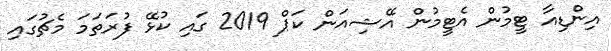
އިންޑިއާ ޓީމުން އެޓީމުން އޭޝިއަން ކަޕް 2019 ގައި ކުޅޭ ފުރަތަމަ މެޗުގައި